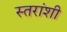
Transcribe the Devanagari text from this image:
स्तरांशी